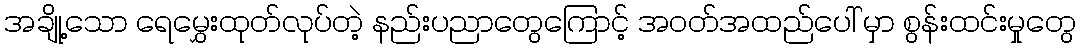
အချို့သော ရေမွှေးထုတ်လုပ်တဲ့ နည်းပညာတွေကြောင့် အဝတ်အထည်ပေါ် မှာ စွန်းထင်းမှုတွေ